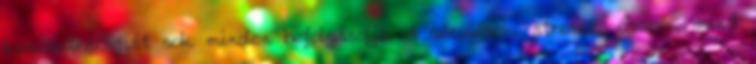
koncentrációját sok minden befolyásolja. A sérülések, stressz, éhezés, mind